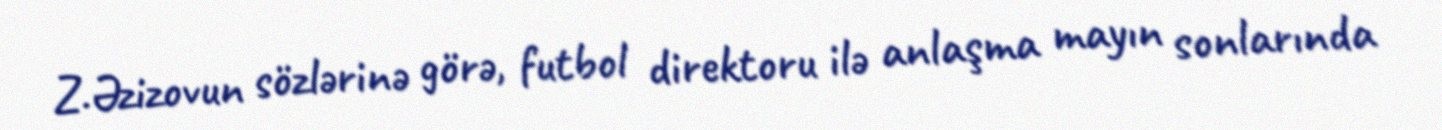
Z.Əzizovun sözlərinə görə, futbol direktoru ilə anlaşma mayın sonlarında